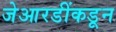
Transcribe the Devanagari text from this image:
जेआरडींकडून